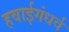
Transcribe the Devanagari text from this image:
हवाईगंधर्व